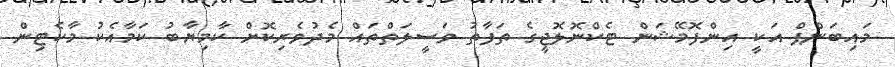
މައިބަންޕް އަކީ އިންފޮމޭޝަން ޓެކްނޮލޮޖީގެ ތަފާތު ވަސީލަތްތައް މެދުވެރިކޮށް ކާމިޔާބު ކަމާއެކު މާކެޓިން